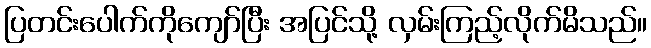
ပြတင်းပေါက်ကိုကျော်ပြီး အပြင်သို့ လှမ်းကြည့်လိုက်မိသည်။